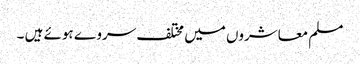
مسلم معاشروں میں مختلف سروے ہوئے ہیں ۔